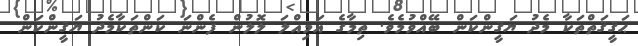
ޙަޤީޤަތްތަކާ މެދު ޔަޤީންކަން ބޭއްވުމެވެ. ތިމާގެ އަމިއްލަ ލޮލުން ފެންނަ ކަންތަކާމެދު ޔަޤީންކަން